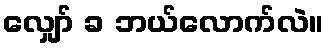
လျှော် ခ ဘယ်လောက်လဲ။